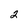
Character: 2